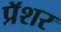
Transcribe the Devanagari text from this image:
प्रॅशर